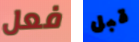
فعل قبل